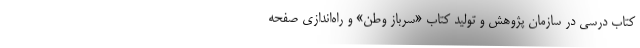
کتاب درسی در سازمان پژوهش و تولید کتاب «سرباز وطن» و راه‌اندازی صفحه